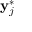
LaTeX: \mathbf { y } _ { j } ^ { * }